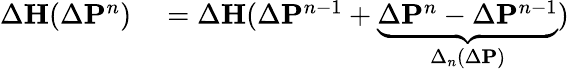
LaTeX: \begin{array}{rl}{\Delta{\mathbf H}(\Delta{\mathbf P}^{n})}&{{}=\Delta{\mathbf H}(\Delta{\mathbf P}^{n-1}+\underbrace{\Delta{\mathbf P}^{n}-\Delta{\mathbf P}^{n-1}}_{\Delta_{n}(\Delta{\mathbf P})})}\end{array}